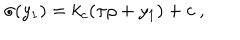
\sigma ( y _ { 1 } ) = k _ { c } ( \pi \rho + y _ { 1 } ) + c ~ , ~ \,